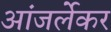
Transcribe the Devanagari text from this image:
आंजर्लेकर